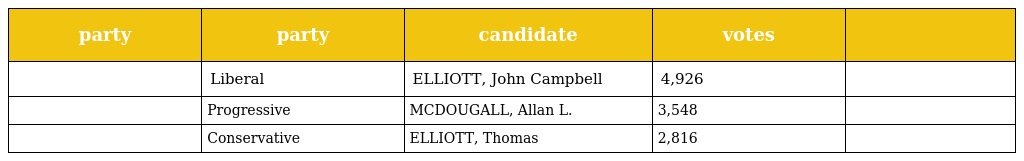
| party | party | candidate | votes |  |
 | --- | --- | --- | --- | --- |
 |  | Liberal | ELLIOTT, John Campbell | 4,926 |  |
 |  | Progressive | MCDOUGALL, Allan L. | 3,548 |  |
 |  | Conservative | ELLIOTT, Thomas | 2,816 |  |